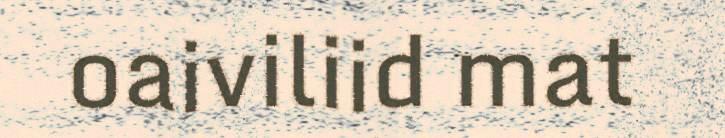
oaiviliid mat